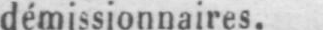
démissionnaires.